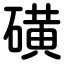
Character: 磺